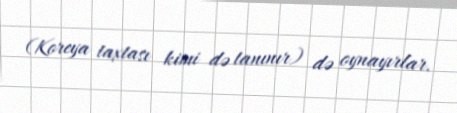
(Koreya taxtası kimi də tanınır) də oynayırlar.